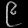
Digit: ၉